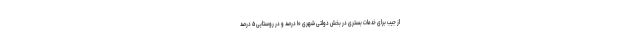
از جیب برای خدمات بستری در بخش دولتی شهری ۱۰ درصد و در روستایی ۵ درصد